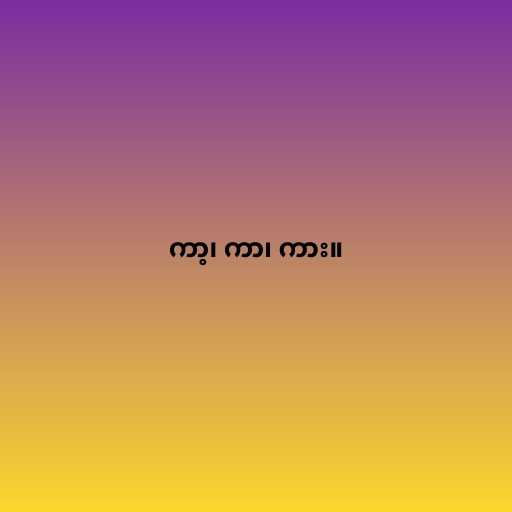
ကာ့၊ ကာ၊ ကား။